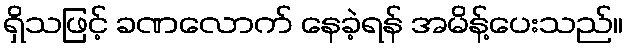
ရှိသဖြင့် ခဏလောက် နေခဲ့ရန် အမိန့်ပေးသည်။